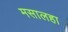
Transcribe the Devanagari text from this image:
मसालहा